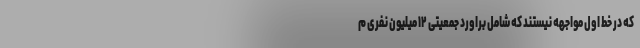
که در خط اول مواجهه نیستند که شامل براورد جمعیتی ۱۲ میلیون نفری م